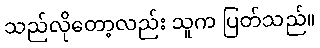
သည်လိုတော့လည်း သူက ပြတ်သည်။